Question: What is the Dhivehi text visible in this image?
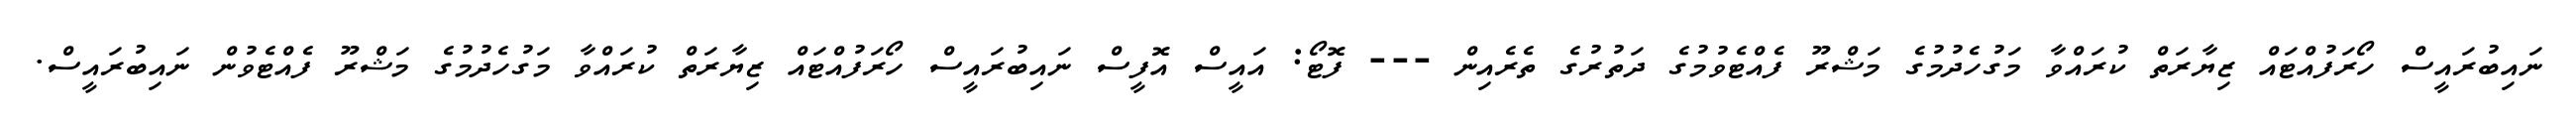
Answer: ނައިބުރައީސް ހޯރަފުއްޓައް ޒިޔާރަތް ކުރައްވާ މަގުހެދުމުގެ މަޝްރޫ ފެއްޓެވުމުގެ ދަތުރުގެ ތެރެއިން --- ފޮޓޯ: އައީސް އޮފީސް ނައިބުރައީސް ހޯރަފުއްޓައް ޒިޔާރަތް ކުރައްވާ މަގުހެދުމުގެ މަޝްރޫ ފެއްޓެވުން ނައިބުރައީސް.